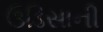
ઉડિસાની